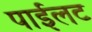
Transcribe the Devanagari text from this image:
पाईलट